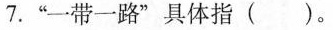
7.”一带一路”具体指（）。